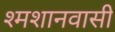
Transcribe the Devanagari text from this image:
श्मशानवासी